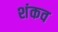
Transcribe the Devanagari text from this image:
शंकव